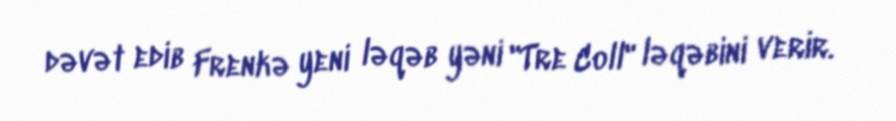
dəvət edib Frenkə yeni ləqəb yəni "Tre Coll" ləqəbini verir.